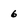
Character: 6